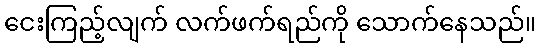
ငေးကြည့်လျက် လက်ဖက်ရည်ကို သောက်နေသည်။